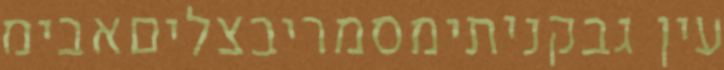
עין גבקניתימסמריבצליםאבימ